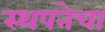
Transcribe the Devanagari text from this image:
स्थपनेचा